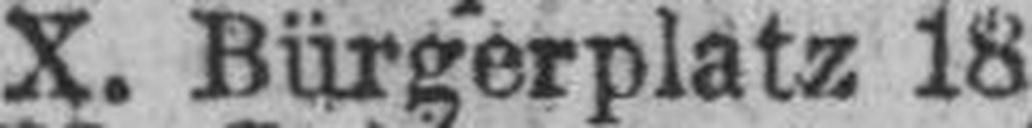
X. Bürgerplatz 18